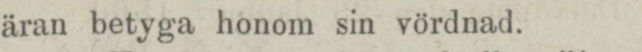
äran betyga honom sin vördnad.